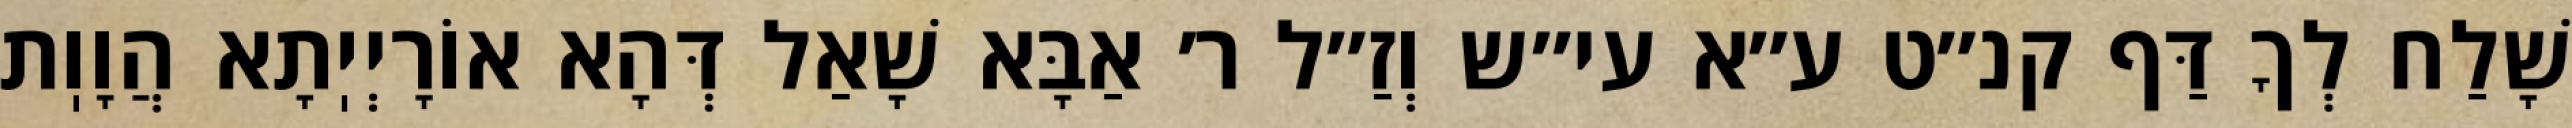
שָׁלַח לְךָ דַּף קנ״ט ע״א עי״ש וְזַ״ל ר׳ אַבָּא שָׁאַל דְּהָא אוֹרָיְיֽתָא הֲוָוֽת